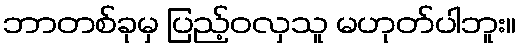
ဘာတစ်ခုမှ ပြည့်ဝလှသူ မဟုတ်ပါဘူး။